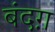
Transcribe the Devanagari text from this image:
बंदग़